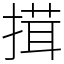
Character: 搑